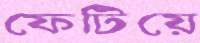
ফেটিয়ে